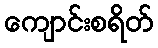
ကျောင်းစရိတ်